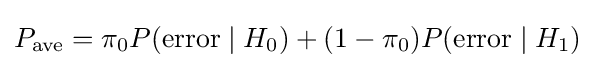
P_{\text{ave}}=\pi _{0}P({\text{error}}\mid H_{0})+(1-\pi _{0})P({\text{error}}\mid H_{1})